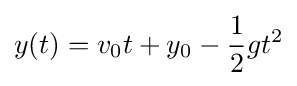
y(t)=v_{0}t+y_{0}-{\frac {1}{2}}gt^{2}